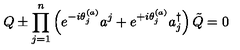
Q \pm \prod _ { j = 1 } ^ { n } \left( e ^ { - i \theta _ { j } ^ { ( a ) } } a ^ { j } + e ^ { + i \theta _ { j } ^ { ( a ) } } a _ { j } ^ { \dagger } \right) \tilde { Q } = 0